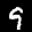
Label: 9